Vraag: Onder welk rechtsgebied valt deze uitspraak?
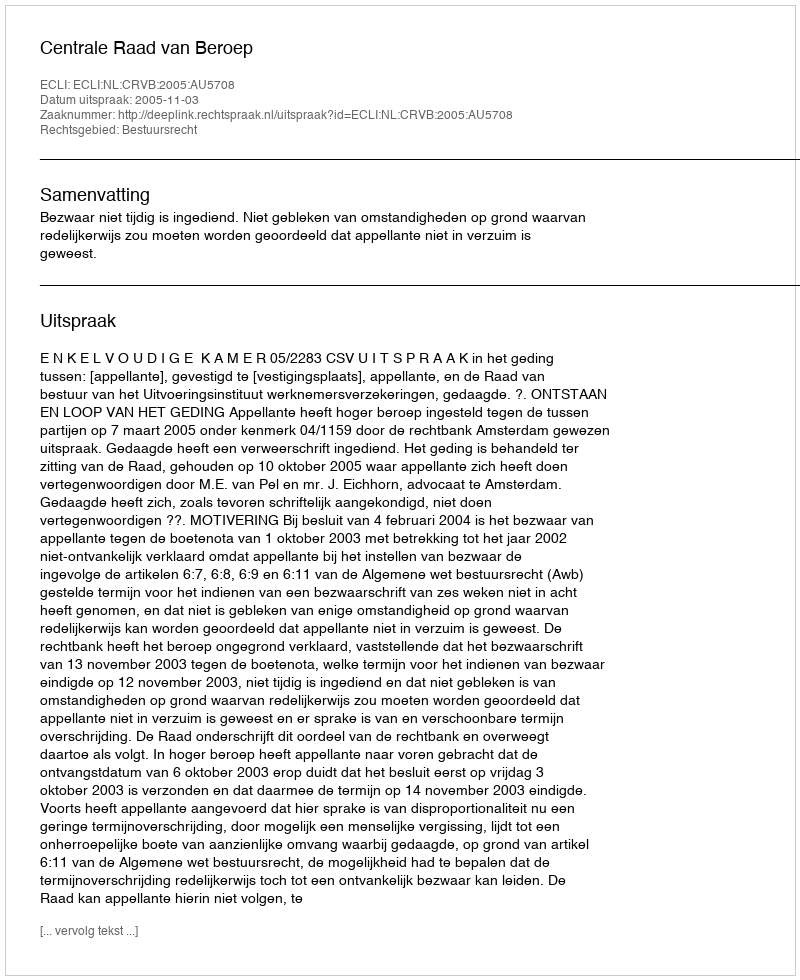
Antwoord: Bestuursrecht